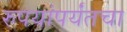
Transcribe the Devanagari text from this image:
रुपयांपर्यंतचा